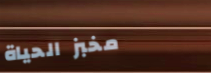
مخبز الحياة